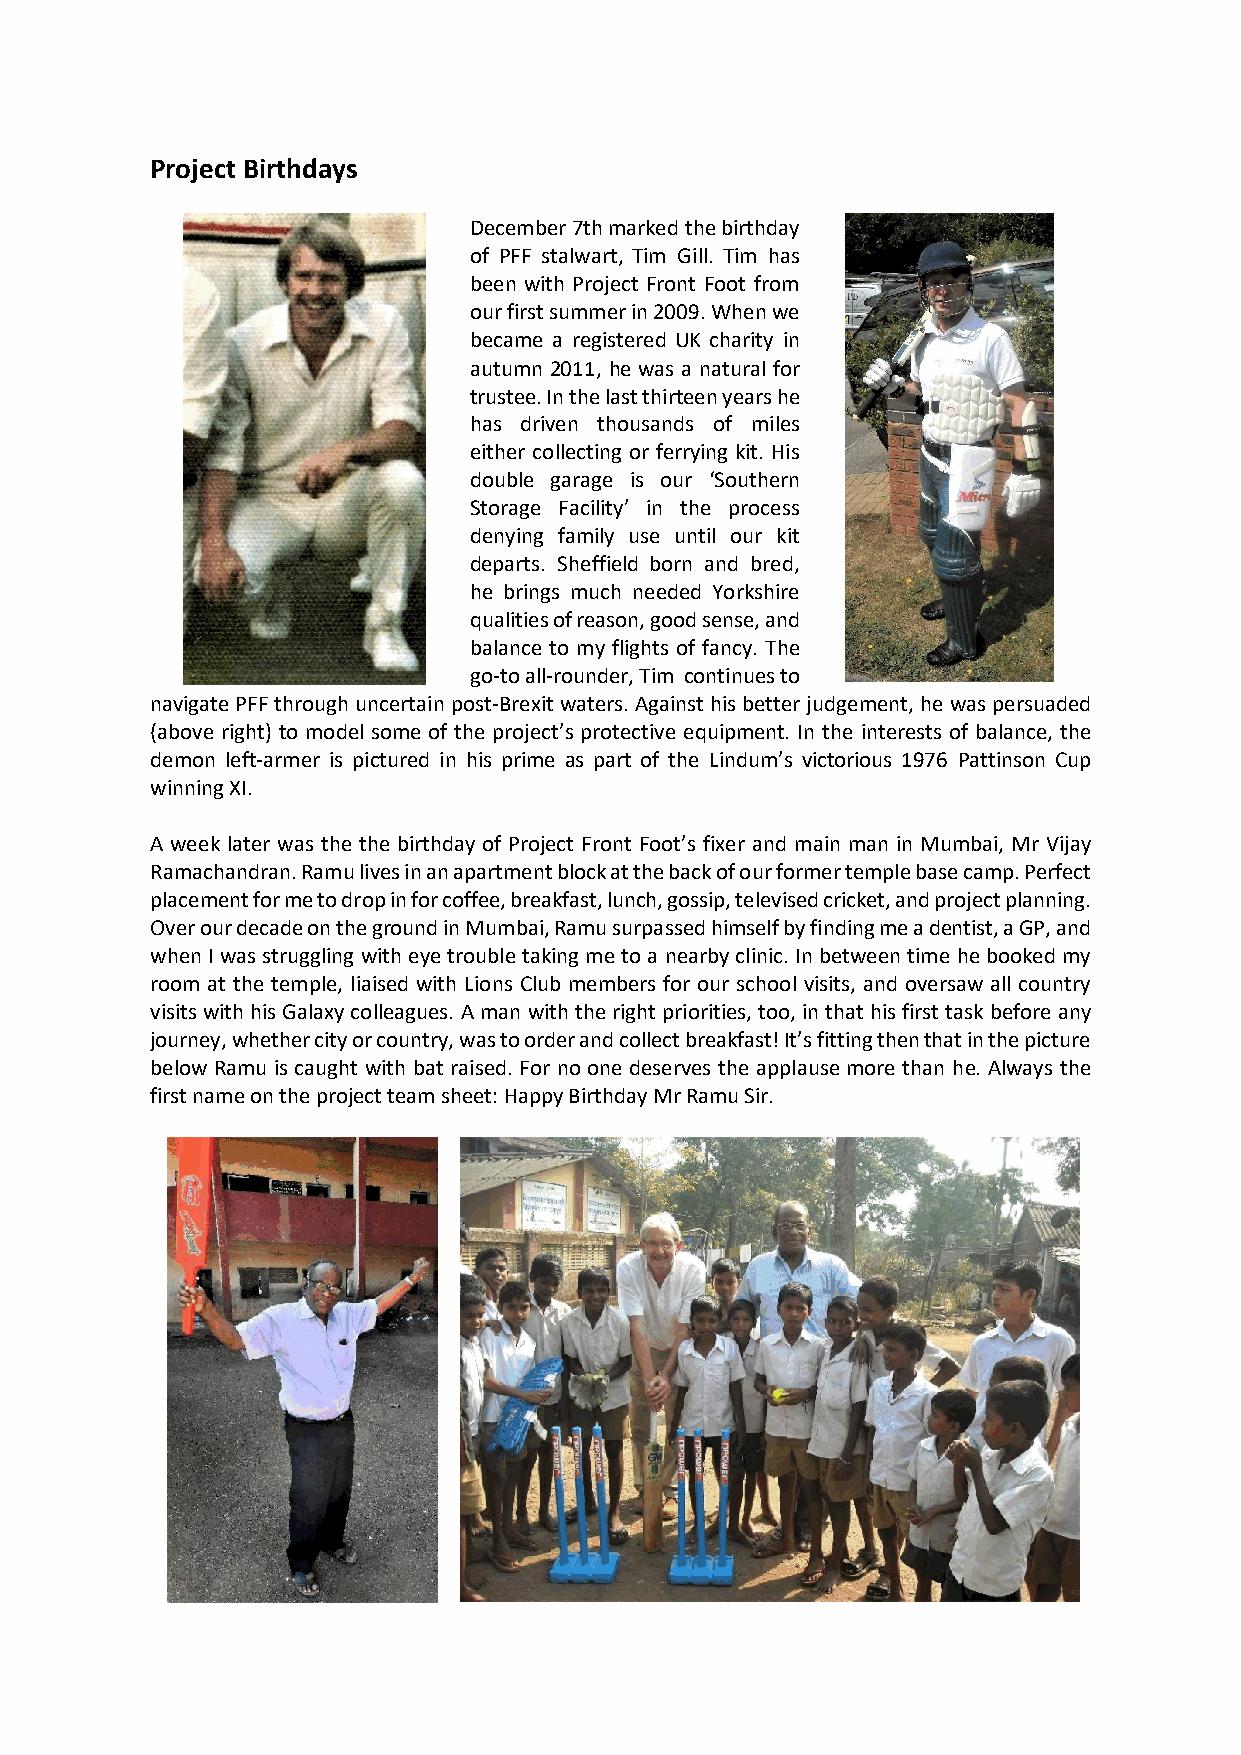
Project Birthdays
 December 7th marked the birthday
 of PFF stalwart, Tim Gill. Tim has
 been with Project Front Foot from
 our first summer in 2009. When we
 became a registered UK charity in
 autumn 2011, he was a natural for
 trustee. In the last thirteen years he
 has driven thousands of miles
 either collecting or ferrying kit. His
 double garage is our ‘Southern
 Storage Facility’ in the process
 denying family use until our kit
 departs. Sheffield born and bred,
 he brings much needed Yorkshire
 qualities of reason, good sense, and
 balance to my flights of fancy. The
 go-to all-rounder, Tim continues to
 navigate PFF through uncertain post-Brexit waters. Against his better judgement, he was persuaded
 (above right) to model some of the project’s protective equipment. In the interests of balance, the
 demon left-armer is pictured in his prime as part of the Lindum’s victorious 1976 Pattinson Cup
 winning XI.
 A week later was the the birthday of Project Front Foot’s fixer and main man in Mumbai, Mr Vijay
 Ramachandran. Ramu lives in an apartment block at the back of our former temple base camp. Perfect
 placement for me to drop in for coffee, breakfast, lunch, gossip, televised cricket, and project planning.
 Over our decade on the ground in Mumbai, Ramu surpassed himself by finding me a dentist, a GP, and
 when I was struggling with eye trouble taking me to a nearby clinic. In between time he booked my
 room at the temple, liaised with Lions Club members for our school visits, and oversaw all country
 visits with his Galaxy colleagues. A man with the right priorities, too, in that his first task before any
 journey, whether city or country, was to order and collect breakfast! It’s fitting then that in the picture
 below Ramu is caught with bat raised. For no one deserves the applause more than he. Always the
 first name on the project team sheet: Happy Birthday Mr Ramu Sir.